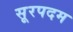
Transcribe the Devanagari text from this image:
सूरपदम